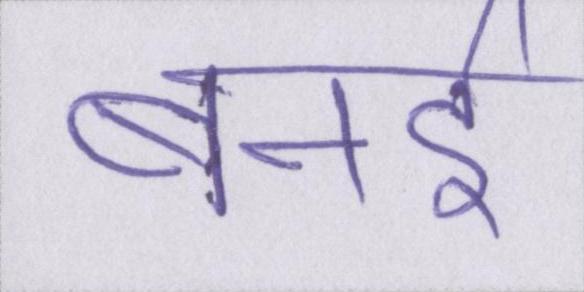
बनइ